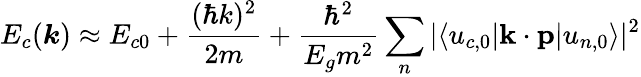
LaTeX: E_{c}({\boldsymbol{k}})\approx E_{c0}+{\frac{(\hbar k)^{2}}{2m}}+{\frac{\hbar^{2}}{{E_{g}}m^{2}}}\sum_{n}{|\langle u_{c,0}|\mathbf{k}\cdot\mathbf{p}|u_{n,0}\rangle|^{2}}